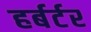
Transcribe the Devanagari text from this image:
हर्बर्टर